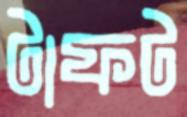
টাফট